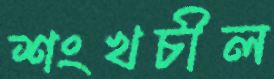
শংখচীল